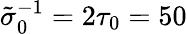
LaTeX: \tilde{\sigma}_{0}^{-1}=2\tau_{0}=50